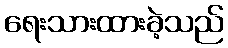
ရေးသားထားခဲ့သည်